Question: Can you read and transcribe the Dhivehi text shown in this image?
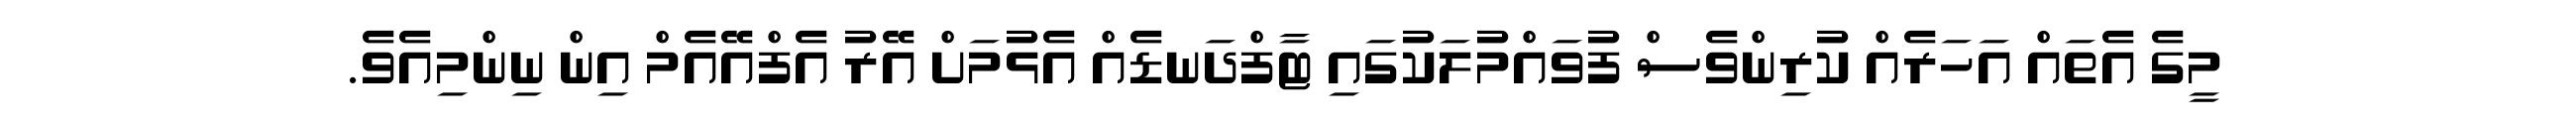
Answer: މީގެ އެތައް އަހަރެއް ކުރިންވެސް ފުވައްމުލަކުގައި ޓާފްދަނޑެއް އެޅުމަށް އޭރު އެފްއޭއެމް އިން ނިންމިއެވެ.